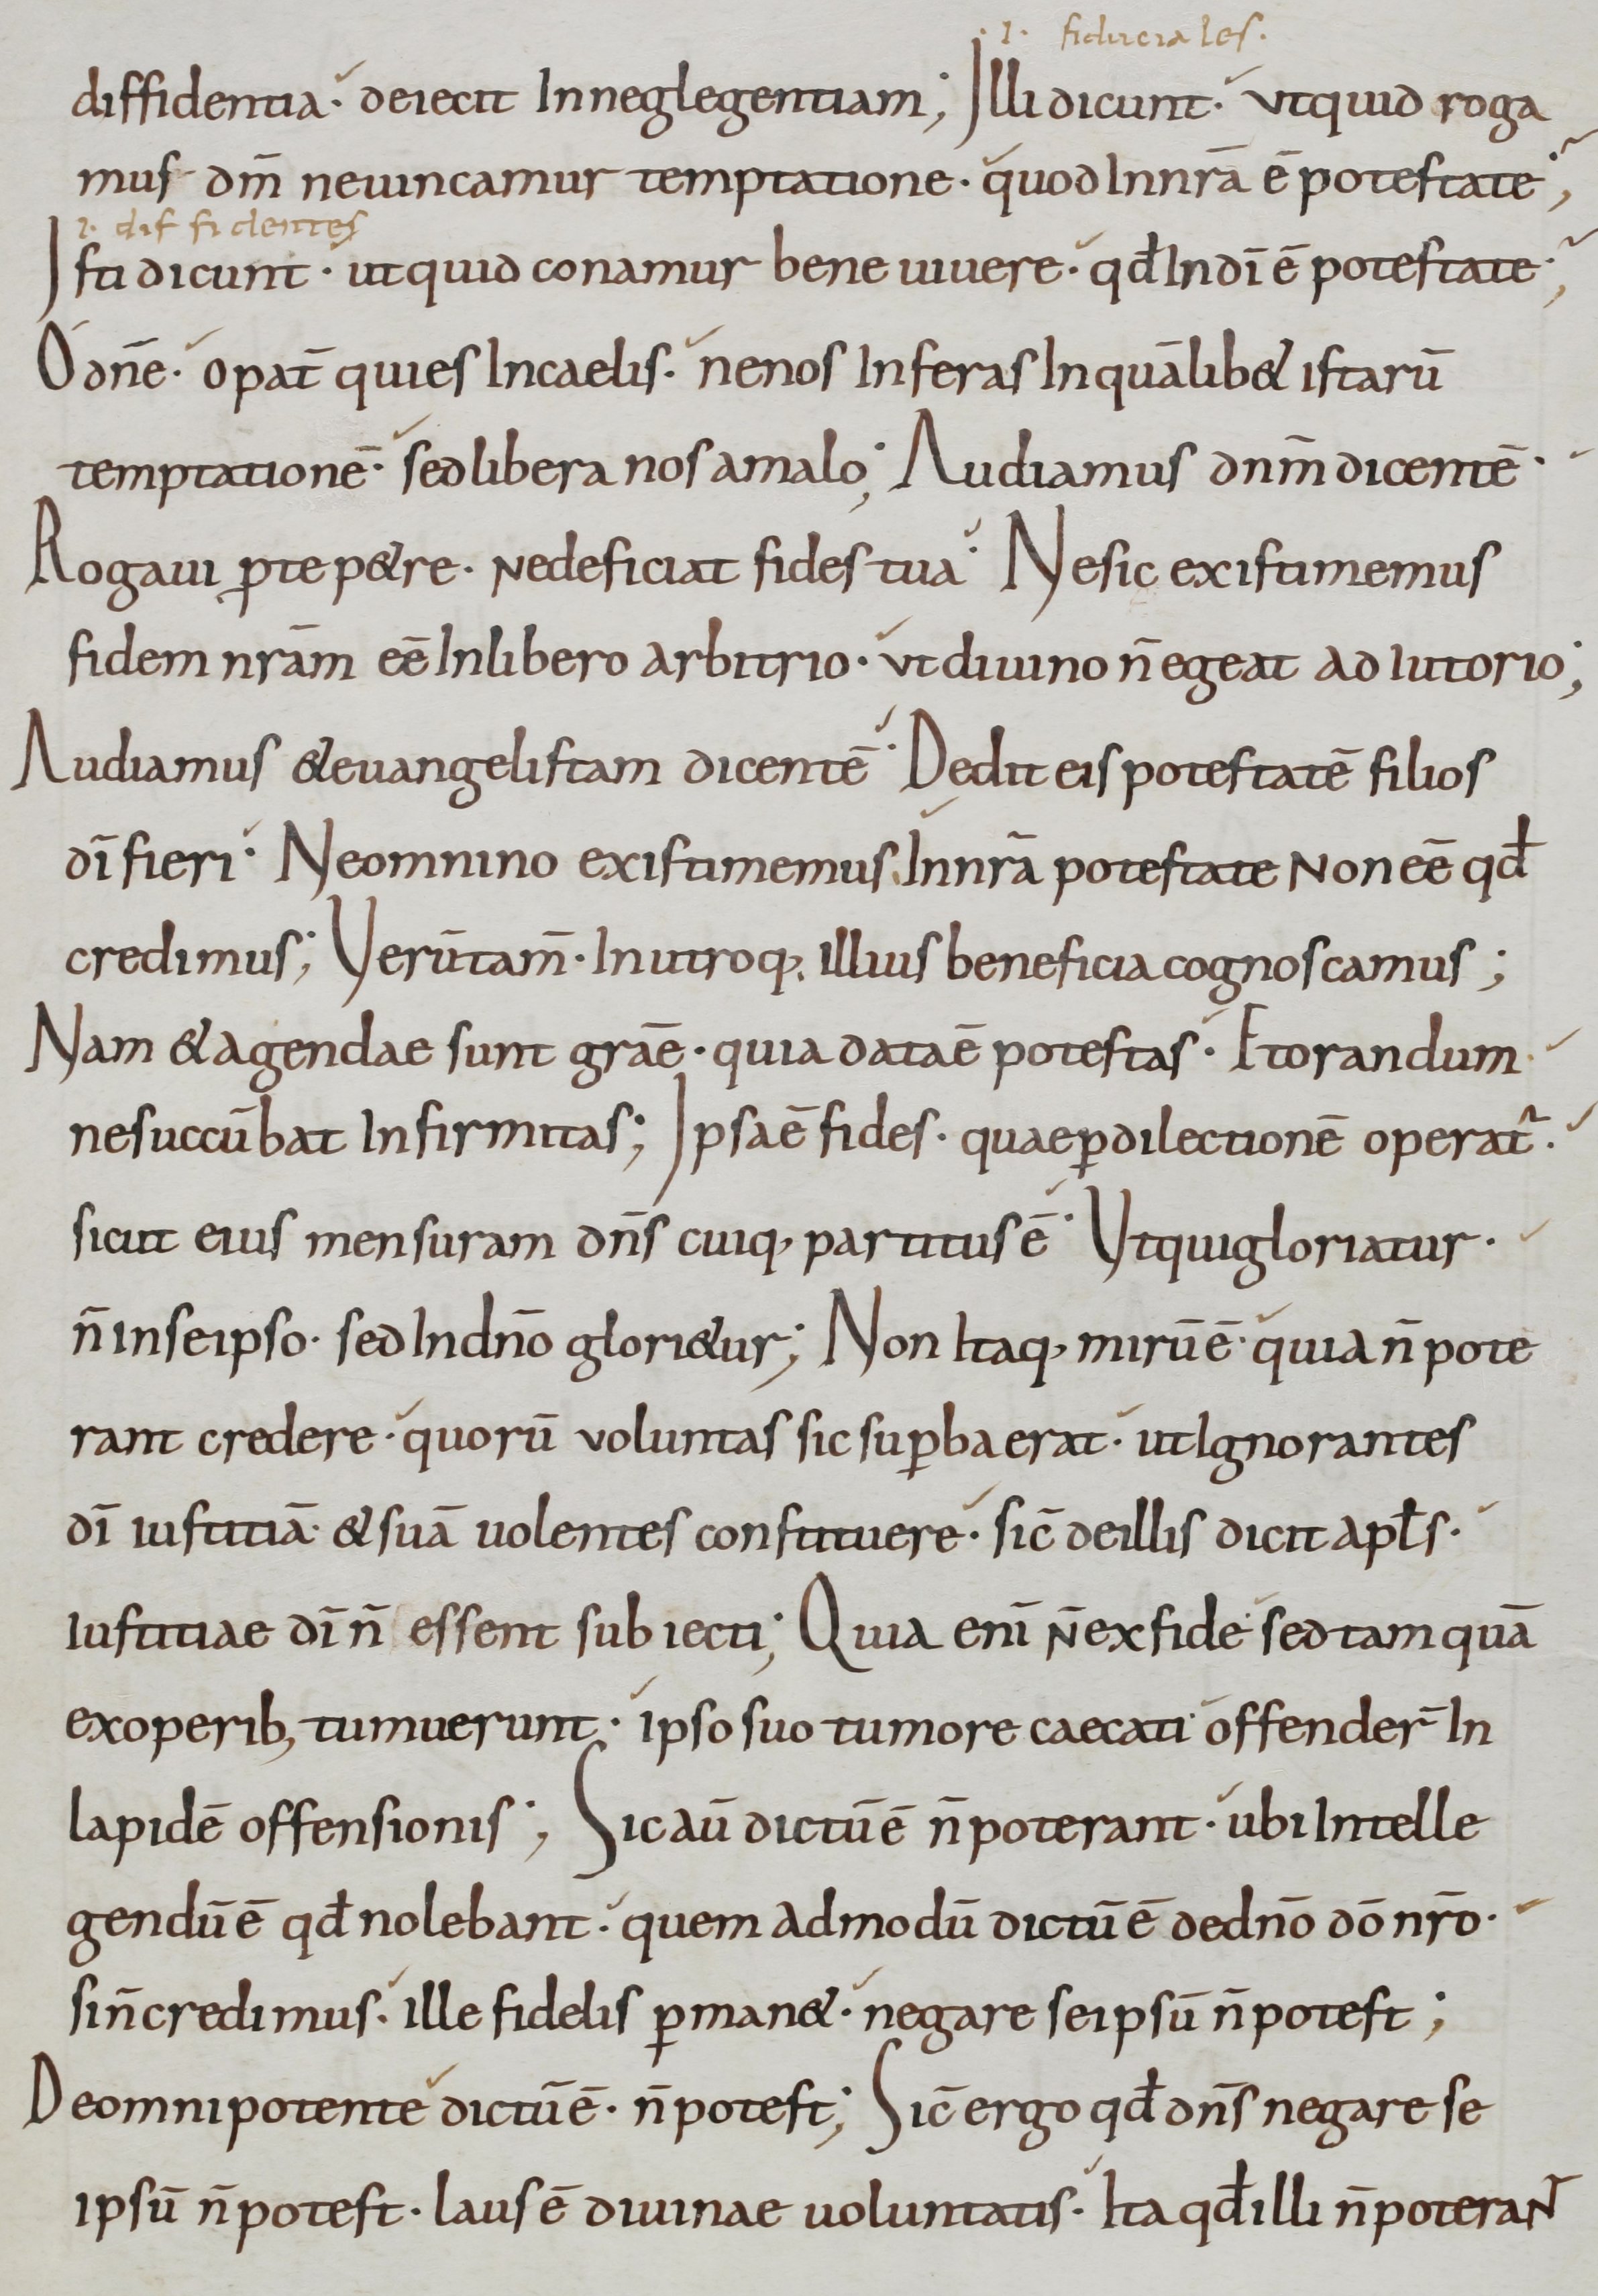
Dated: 800–899